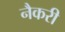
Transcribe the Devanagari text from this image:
नैकरी